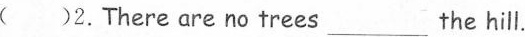
( )2.There are no trees______ the hill.